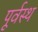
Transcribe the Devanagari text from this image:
पूर्वस्थ